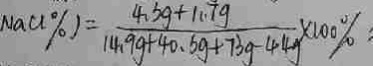
N a C l \% = \frac { 4 . 3 g + 1 1 . 7 g } { 1 4 . 9 g + 4 0 . 6 g + 7 3 g - 4 4 g } \times 1 0 0 \%